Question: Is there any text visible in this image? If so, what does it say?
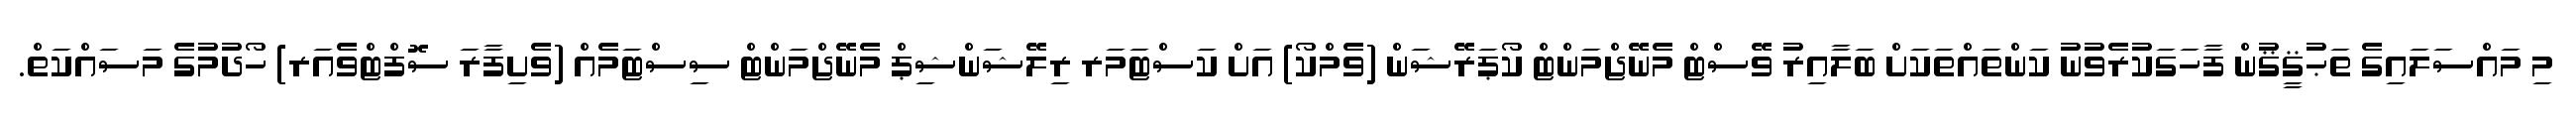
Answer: މި މައްސަލައިގެ ތަޙުޤީޤުން ފާހަގަކުރެވުނު ކަންތައްތަކަށް ބަލާއިރު ވޭސްޓް މެނޭޖްމަންޓް ކޯޕަރޭޝަން (ވެމްކޯ) އަށް ކަސްޓަމަރ ރިލޭޝަންޝިޕް މެނޭޖްމަންޓް ސިސްޓަމެއް (ވެށިފާރަ ސޮފްޓްވެއަރ) ހޯދުމުގެ މަސައްކަތް.